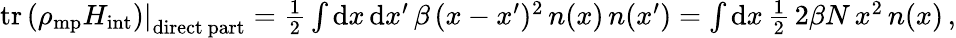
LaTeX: \begin{array}{r}{\left.\mathrm{tr}\left(\rho_{\mathrm{mp}}H_{\mathrm{int}}\right)\right|_{\mathrm{direct~part}}=\frac 12\int\mathrm{d}x\, \mathrm{d}x^{\prime}\, \beta\, (x-x^{\prime})^{2}\, n(x)\, n(x^{\prime})=\int\mathrm{d}x\, \frac 12\, 2\beta N\, x^{2}\, n(x)\, ,}\end{array}